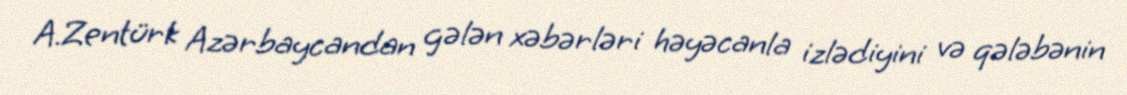
A.Zentürk Azərbaycandan gələn xəbərləri həyəcanla izlədiyini və qələbənin